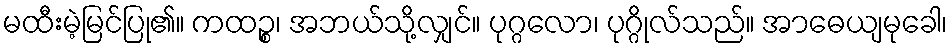
မထီးမဲ့မြင်ပြု၏။ ကထဉ္စ၊ အဘယ်သို့လျှင်။ ပုဂ္ဂလော၊ ပုဂ္ဂိုလ်သည်။ အာဓေယျမုခေါ၊